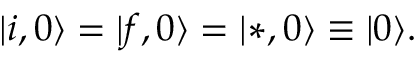
| i , 0 \rangle = | f , 0 \rangle = | * , 0 \rangle \equiv | 0 \rangle .